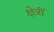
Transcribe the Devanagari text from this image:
क्षेत्रीं